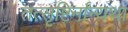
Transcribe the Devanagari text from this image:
तत्सृष्टिर्नान्यथा